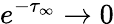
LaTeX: e^{-{\tau_{\infty}}}\to 0